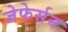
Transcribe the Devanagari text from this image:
जेफेर्सन